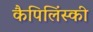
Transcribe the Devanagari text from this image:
कैपिलिंस्की